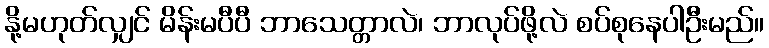
နို့မဟုတ်လျှင် မိန်းမပီပီ ဘာသေတ္တာလဲ၊ ဘာလုပ်ဖို့လဲ စပ်စုနေပါဦးမည်။